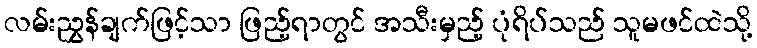
လမ်းညွှန်ချက်ဖြင့်သာ ဖြည့်ရာတွင် အသီးမှည့် ပုံရိပ်သည် သူမဖင်ထဲသို့